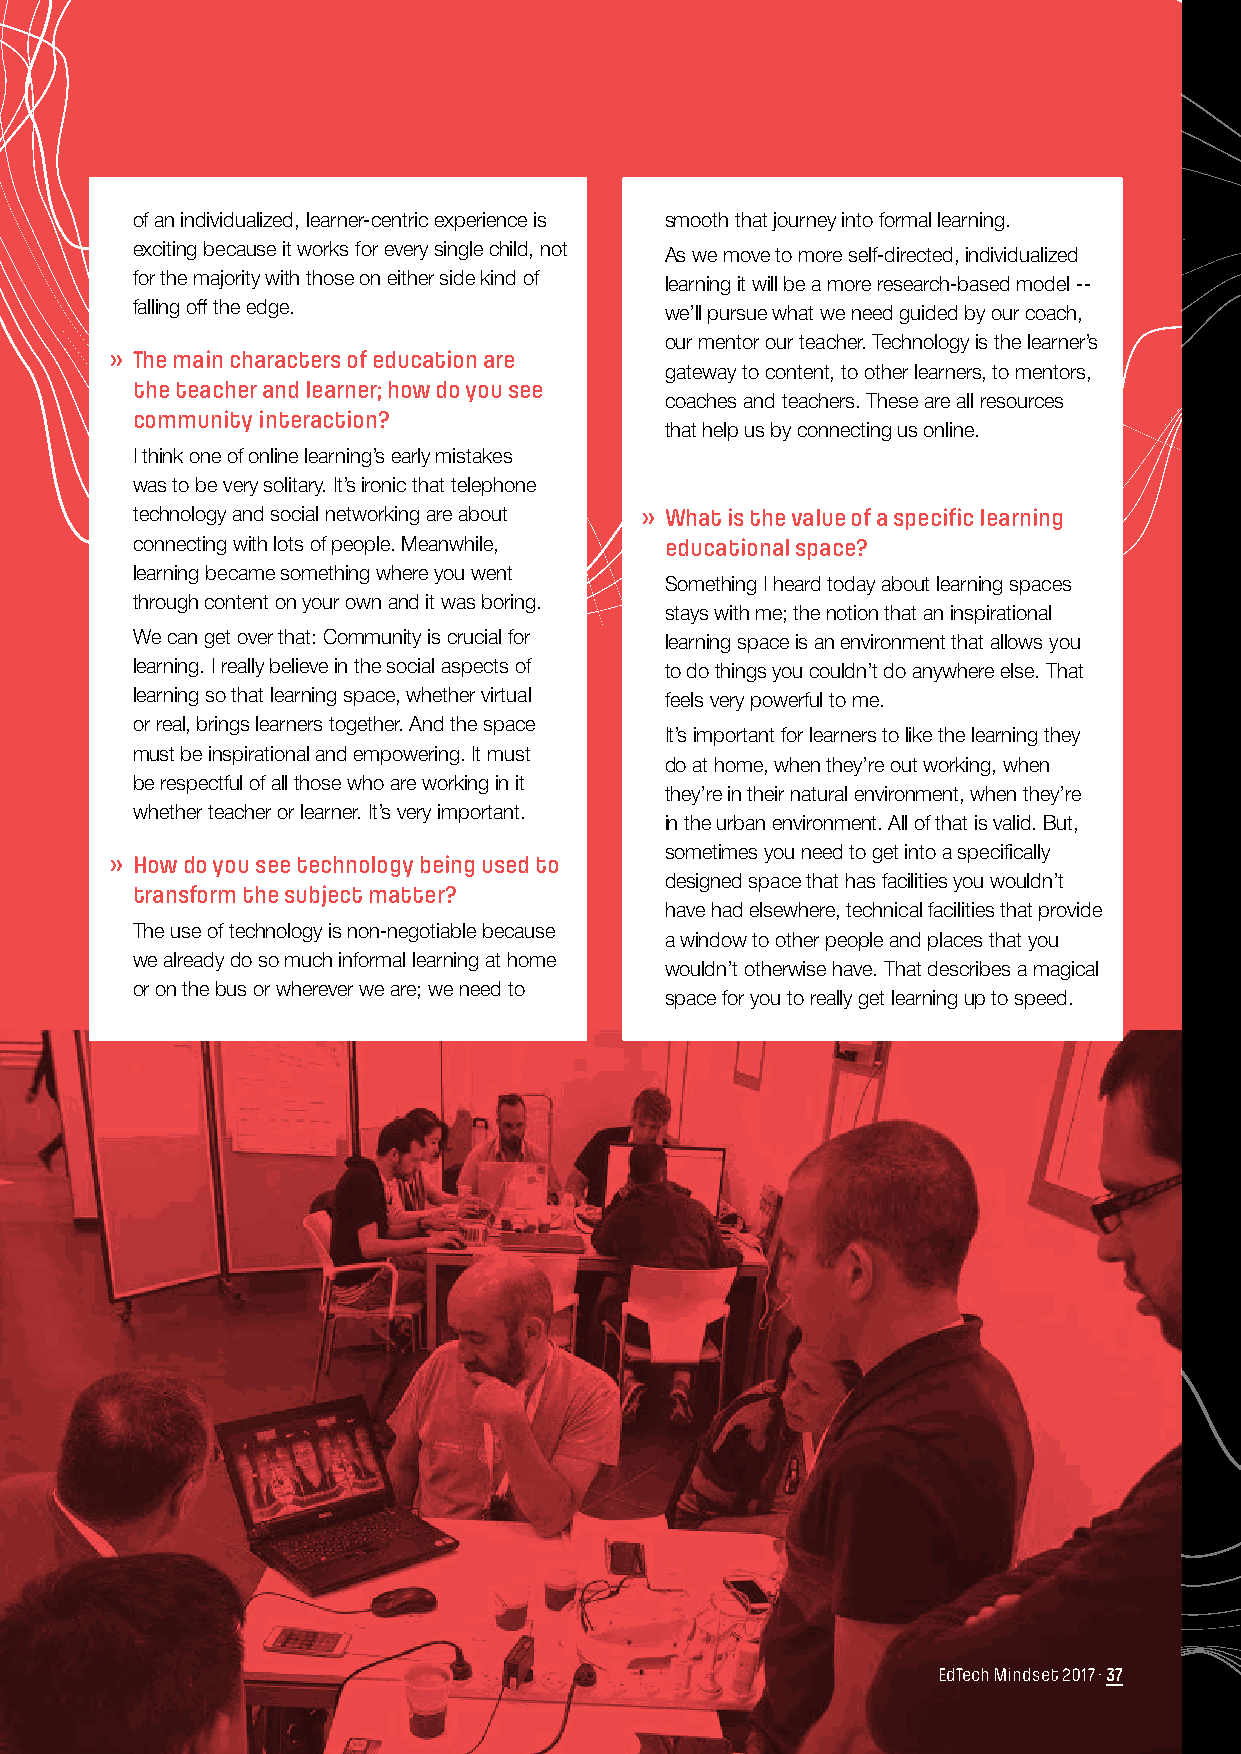
of an individualized, learner-centric experience is smooth that journey into formal learning.
 exciting because it works for every single child, not As we move to more self-directed, individualized
 for the majority with those on either side kind of learning it will be a more research-based model --
 falling off the edge.              we’ll pursue what we need guided by our coach,
 our mentor our teacher. Technology is the learner’s
 » The main characters of education are
 gateway to content, to other learners, to mentors,
 the teacher and learner; how do you see
 coaches and teachers. These are all resources
 community interaction?
 that help us by connecting us online.
 I think one of online learning’s early mistakes
 was to be very solitary. It’s ironic that telephone
 technology and social networking are about » What is the value of a specific learning
 connecting with lots of people. Meanwhile, educational space?
 learning became something where you went
 Something I heard today about learning spaces
 through content on your own and it was boring.
 stays with me; the notion that an inspirational
 We can get over that: Community is crucial for learning space is an environment that allows you
 learning. I really believe in the social aspects of to do things you couldn’t do anywhere else. That
 learning so that learning space, whether virtual feels very powerful to me.
 or real, brings learners together. And the space
 It’s important for learners to like the learning they
 must be inspirational and empowering. It must
 do at home, when they’re out working, when
 be respectful of all those who are working in it
 they’re in their natural environment, when they’re
 whether teacher or learner. It’s very important.
 in the urban environment. All of that is valid. But,
 sometimes you need to get into a specifically
 » How do you see technology being used to
 designed space that has facilities you wouldn’t
 transform the subject matter?
 have had elsewhere, technical facilities that provide
 The use of technology is non-negotiable because
 a window to other people and places that you
 we already do so much informal learning at home
 wouldn’t otherwise have. That describes a magical
 or on the bus or wherever we are; we need to
 space for you to really get learning up to speed.
 EdTech Mindset 2017 · 37